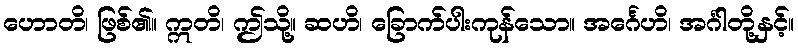
ဟောတိ၊ ဖြစ်၏။ ဣတိ၊ ဤသို့။ ဆဟိ၊ ခြောက်ပါးကုန်သော။ အင်္ဂေဟိ၊ အင်္ဂါတို့နှင့်။